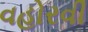
વહોરવી